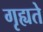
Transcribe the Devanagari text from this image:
गृह्यते